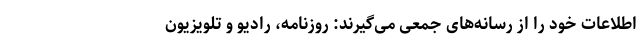
اطلاعات خود را از رسانه‌های جمعی می‌گیرند: روزنامه، رادیو و تلویزیون